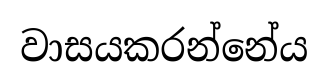
වාසයකරන්නේය